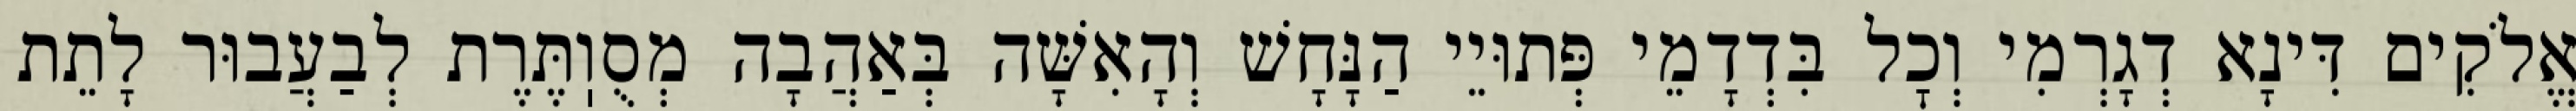
אֱלֹקִים דִּינָא דְגָרְמִי וְכׇל בִּדְדָמֵי פְּתוּיֵי הַנָּחָשׁ וְהָאִשָּׁה בְּאַהֲבָה מְסֻוֽתֶּרֶת לְבַעֲבוּר לָתֵת